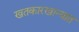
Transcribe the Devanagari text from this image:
खतकारखान्यात